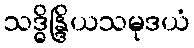
သဒ္ဓိန္ဒြိယသမုဒယံ